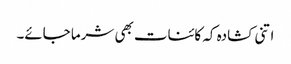
اتنی کشادہ کہ کائنات بھی شرما جائے۔